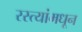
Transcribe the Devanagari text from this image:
रस्त्यांमधून